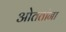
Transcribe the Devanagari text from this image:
ओततांना